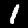
Digit: 1